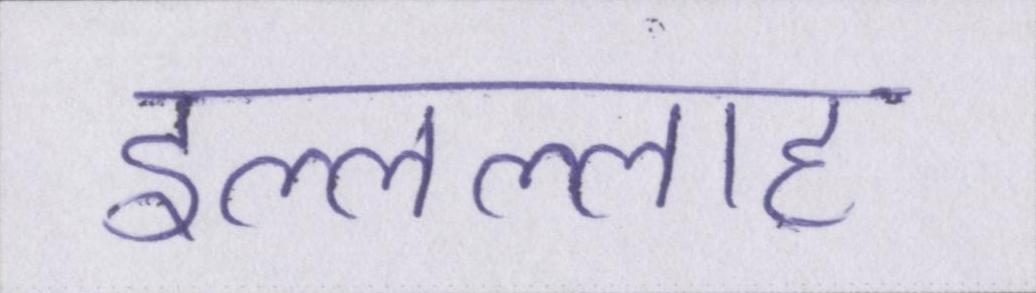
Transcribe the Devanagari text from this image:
इल्लल्लाह